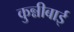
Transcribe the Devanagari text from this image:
कुन्नीबाई